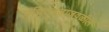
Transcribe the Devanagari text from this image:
प्रचितगडाजवळील